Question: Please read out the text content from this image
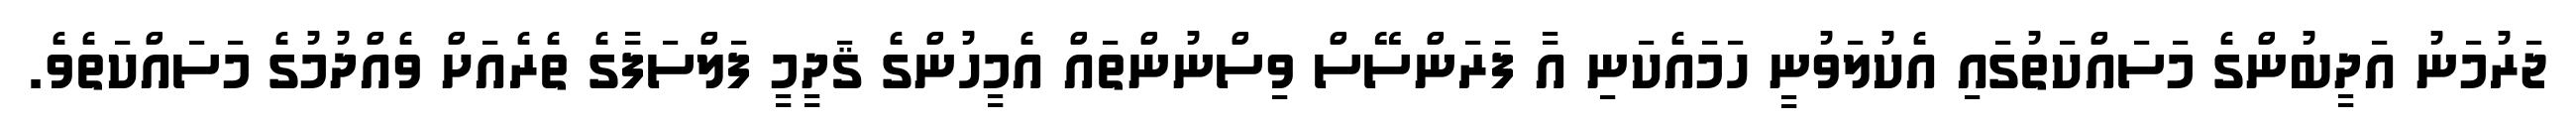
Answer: ޖަރުމަނު އަދީބުންގެ މަސައްކަތުގައި އެކުލަވުނީ ހަމައެކަނި އާ ފަރަންސޭސް ވިސްނުންތައް އެމީހުންގެ ޤަދީމީ ފަލްސަފާގެ ތެރެއަށް ވެއްދުމުގެ މަސައްކަތެވެ.